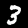
Label: 3